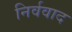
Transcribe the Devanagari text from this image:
निर्ववाद